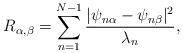
LaTeX: \begin{align*}R_{\alpha,\beta}=\sum_{n=1}^{N-1}\frac{|\psi_{n\alpha}-\psi_{n\beta}|^2}{\lambda_n},\end{align*}